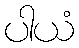
ပါယံ